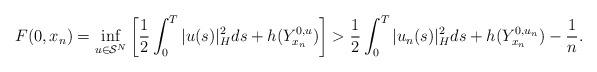
LaTeX: \begin{align*} F(0,x_n) = \inf_{u \in \mathcal{S}^N}\left[ \frac{1}{2} \int_0^T |u(s)|_H^2ds + h(Y^{0,u}_{x_n})\right] > \frac{1}{2} \int_0^T |u_n(s)|_H^2ds + h(Y^{0,u_n}_{x_n}) - \frac{1}{n}. \end{align*}